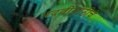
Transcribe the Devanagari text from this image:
पदवीसाठीचे